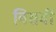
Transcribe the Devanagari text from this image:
विसवीं